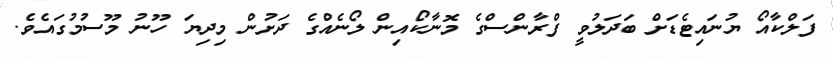
ފަލްކާއޯ ޔުނައިޓެޑަށް ބަދަލުވީ ފްރާންސްގެ މޮނާކޯއިން ލޯނެއްގެ ދަށުން މިދިޔަ ހޫނު މޫސުމުގައެވެ.